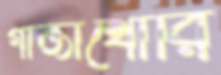
গাঁজাখোরি